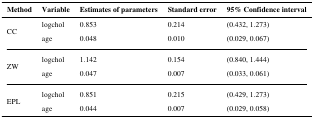
<table><thead><tr><td><b>Method</b></td><td><b>Variable</b></td><td><b>Estimates of parameters</b></td><td><b>Standard error</b></td><td><b>95% Confidence interval</b></td></tr></thead><tbody><tr><td rowspan="2">CC</td><td>logchol</td><td>0.853</td><td>0.214</td><td>(0.432, 1.273)</td></tr><tr><td>age</td><td>0.048</td><td>0.010</td><td>(0.029, 0.067)</td></tr><tr><td rowspan="2">ZW</td><td>logchol</td><td>1.142</td><td>0.154</td><td>(0.840, 1.444)</td></tr><tr><td>age</td><td>0.047</td><td>0.007</td><td>(0.033, 0.061)</td></tr><tr><td rowspan="2">EPL</td><td>logchol</td><td>0.851</td><td>0.215</td><td>(0.429, 1.273)</td></tr><tr><td>age</td><td>0.044</td><td>0.007</td><td>(0.029, 0.058)</td></tr></tbody></table>